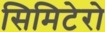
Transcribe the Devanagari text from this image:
सिमिटेरो